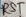
Text: RST